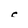
Character: c